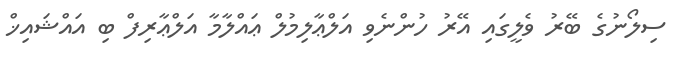
ސިލޯނުގެ ބޭރު ވެލީގައި އޭރު ހުންނެވި އަލްޢާލިމުލް ޢައްލާމާ އަލްޢާރިފް ބި އައްޝައިޚް